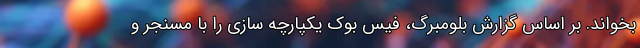
بخواند. بر اساس گزارش بلومبرگ، فیس بوک یکپارچه سازی را با مسنجر و